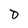
Character: D